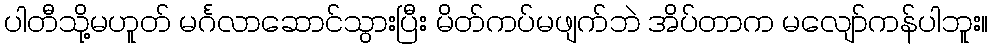
ပါတီသို့မဟူတ် မင်္ဂလာဆောင်သွားပြီး မိတ်ကပ်မဖျက်ဘဲ အိပ်တာက မလျော်ကန်ပါဘူး။